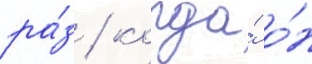
ра́з / когда́ о́н